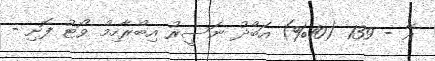
އޭ - 139 (10%) އަބްދު ނަސީރު އިބްރާހިމް ވޯޓު ފޮށި -